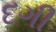
દગી